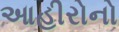
આહીરોનો